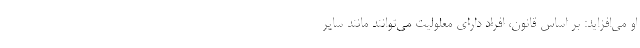
او می‌افزاید: بر اساس قانون، افراد دارای معلولیت می‌توانند مانند سایر